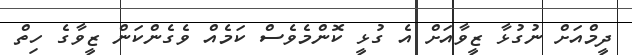
ދީމްއަށް ނުގުޅާ ޒީވާއަށް އެ ގުޅީ ކޮންމެވެސް ކަމެއް ވެގެންކަން ޒީވާގެ ހިތް